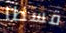
قسطا